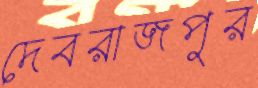
দেবরাজপুর